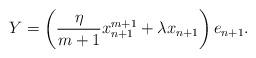
LaTeX: \begin{align*}Y=\left(\frac{\eta}{m+1}x_{n+1}^{m+1}+\lambda x_{n+1}\right)e_{n+1}.\end{align*}